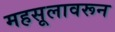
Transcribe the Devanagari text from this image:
महसूलावरून